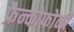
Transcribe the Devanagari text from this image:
फ्रैन्कोफोनी